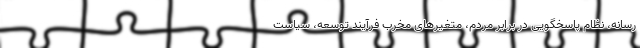
رسانه، نظام پاسخگویی در برابر مردم، متغیرهای مخرب فرآیند توسعه، سیاست